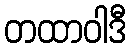
တထာဝါဒီ